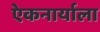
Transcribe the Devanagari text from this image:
एेकनार्याला